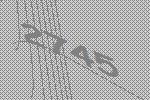
2745